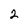
Character: 2